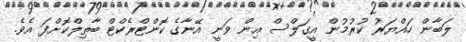
ލަބާން ހައްޔަރު ކުރުމުން އީގަލްސް އިން ވަނީ އޭނާގެ ކޮންޓްރެކްޓް ބާތިލްކޮށްފަ އެވެ.